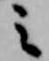
之